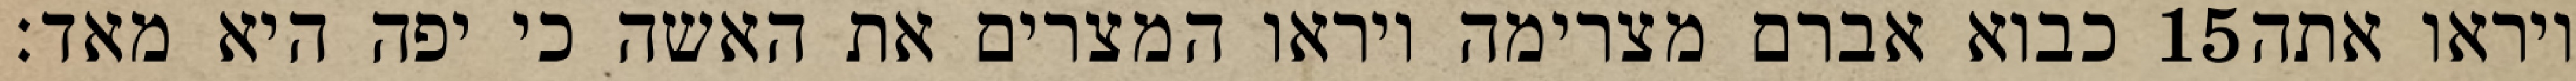
כבוא אברם מצרימה ויראו המצרים את האשה כי יפה היא מאד׃ ‎15‏ ויראו אתה